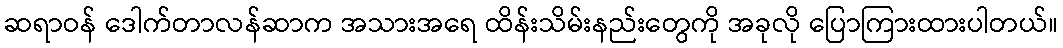
ဆရာဝန် ဒေါက်တာလန်ဆာက အသားအရေ ထိန်းသိမ်းနည်းတွေကို အခုလို ပြောကြားထားပါတယ်။